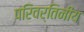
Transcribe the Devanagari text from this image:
परिवर्तिनीय